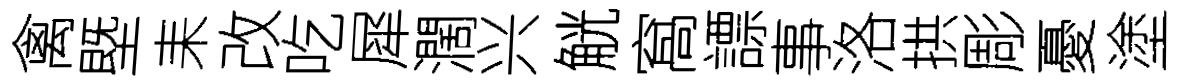
禽塈耒改吃犀濶兴觥窩謤事洛拱彫憂塗